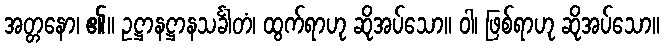
အတ္တနော၊ ၏။ ဥဋ္ဌာနဋ္ဌာနသင်္ခါတံ၊ ထွက်ရာဟု ဆိုအပ်သော။ ဝါ၊ ဖြစ်ရာဟု ဆိုအပ်သော။